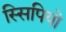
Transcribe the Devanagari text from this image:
स्सिपियो